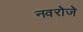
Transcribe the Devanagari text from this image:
नवरोजे